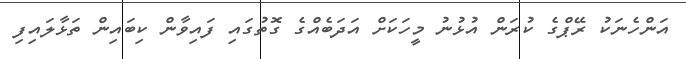
އަންހެނަކު ރޭޕްގެ ކުރަން އުޅުނު މީހަކަށް އަދަބެއްގެ ގޮތުގައި ފައިވާން ކިބައިން ތަޅާލައިފި